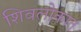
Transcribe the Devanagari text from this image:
शिवलोकात